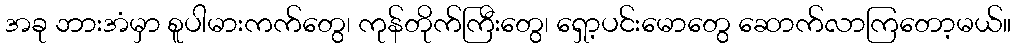
အခု ဘားအံမှာ စူပါမားကက်တွေ၊ ကုန်တိုက်ကြီးတွေ၊ ရှော့ပင်းမောတွေ ဆောက်လာကြတော့မယ်။